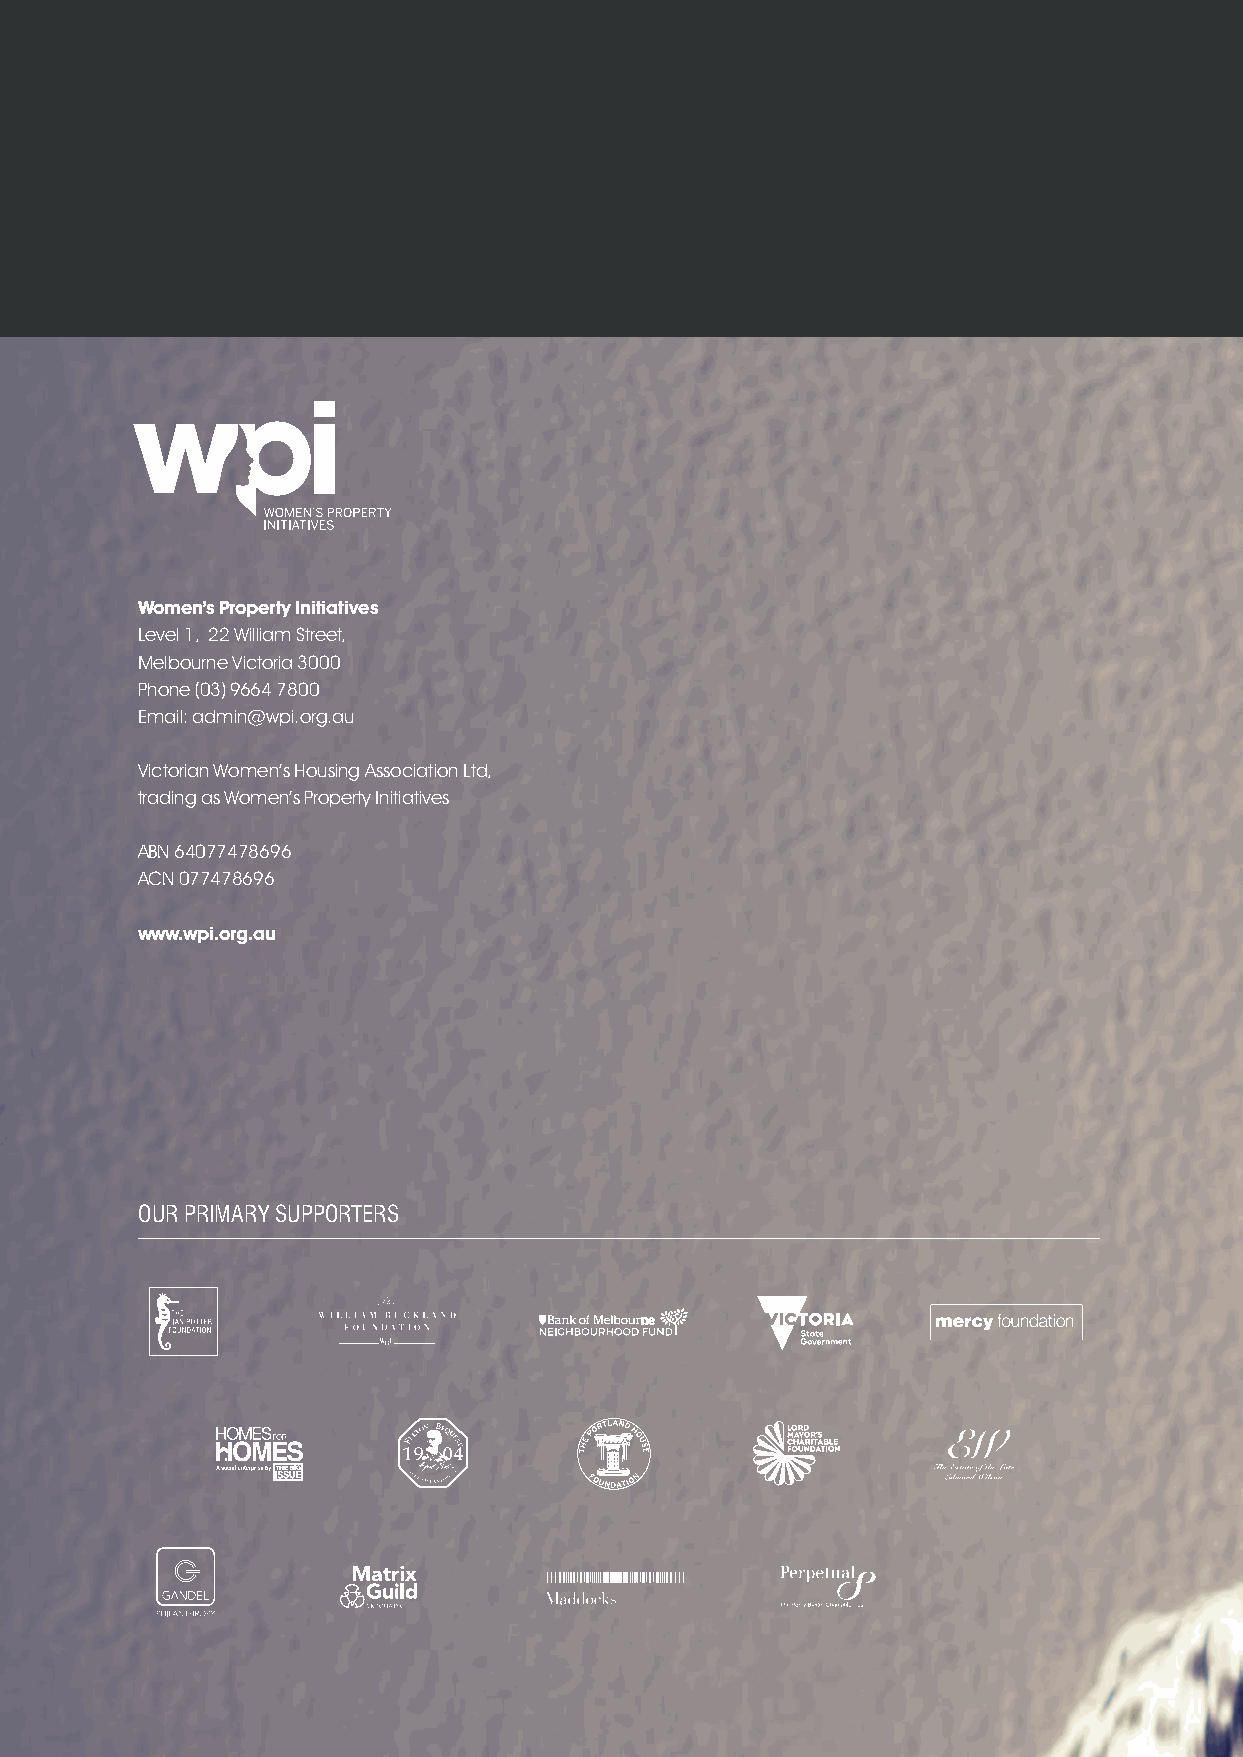
Women’s Property Initiatives
 Level 1, 22 William Street,
 Melbourne Victoria 3000
 Phone (03)9664 7800
 Email: admin@wpi.org.au
 Victorian Women’s Housing Association Ltd,
 trading as Women’s Property Initiatives
 ABN 64077478696
 ACN 077478696
 www.wpi.org.au
 OURPRIMARYSUPPORTERS